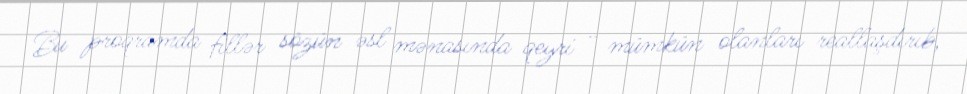
Bu proqramda fillər sözün əsl mənasında qeyri - mümkün olanları reallaşdırıb,